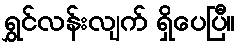
ရွှင်လန်းလျက် ရှိပေပြီ။